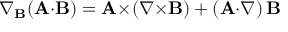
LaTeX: \nabla _ { \mathbf { B } } \! \left( \mathbf { A { \cdot } B } \right) = \mathbf { A } { \times } \! \left( \nabla { \times } \mathbf { B } \right) + \left( \mathbf { A } { \cdot } \nabla \right) \mathbf { B }